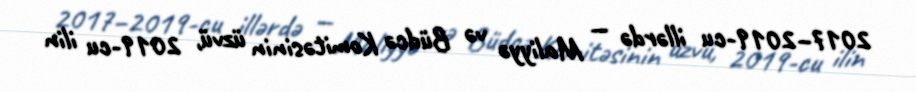
2017–2019-cu illərdə — Maliyyə və Büdcə Komitəsinin üzvü, 2019-cu ilin